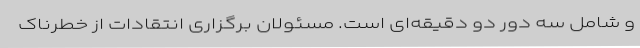
و شامل سه دور دو دقیقه‌ای است. مسئولان برگزاری انتقادات از خطرناک